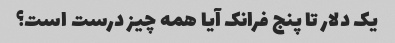
یک دلار تا پنج فرانک آیا همه چیز درست است؟